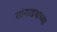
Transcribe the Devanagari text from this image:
सांगाडयाच्या